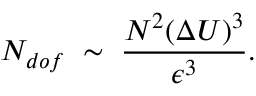
N _ { d o f } \; \sim \; \frac { N ^ { 2 } ( \Delta U ) ^ { 3 } } { \epsilon ^ { 3 } } .